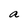
Character: a